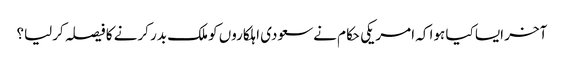
آخر ایسا کیا ہوا کہ امریکی حکام نےسعودی اہلکاروں کو ملک بدر کرنے کا فیصلہ کرلیا؟